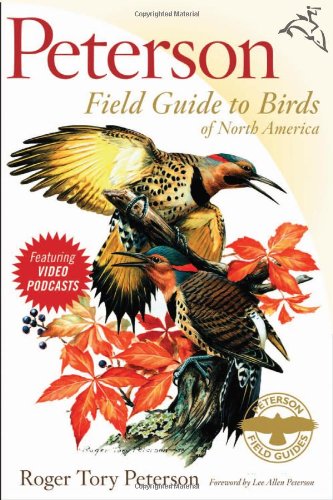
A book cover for Peterson Field Guide to Birds of North America (Peterson Field Guides); Roger Tory Peterson; Science & Math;